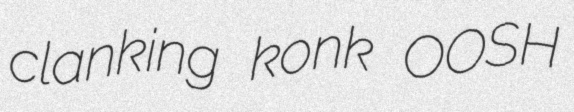
clanking konk OOSH